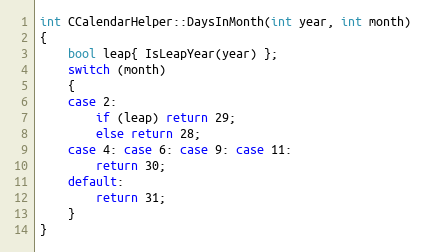
Language: C++
int CCalendarHelper::DaysInMonth(int year, int month)
{
	bool leap{ IsLeapYear(year) };
	switch (month)
	{
	case 2:
		if (leap) return 29;
		else return 28;
	case 4: case 6: case 9: case 11:
		return 30;
	default:
		return 31;
	}
}